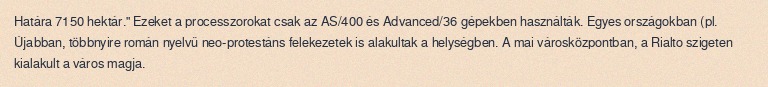
Határa 7150 hektár." Ezeket a processzorokat csak az AS/400 és Advanced/36 gépekben használták. Egyes országokban (pl. Újabban, többnyire román nyelvű neo-protestáns felekezetek is alakultak a helységben. A mai városközpontban, a Rialto szigeten kialakult a város magja.